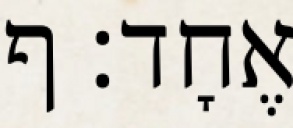
אֶחָד׃ ף